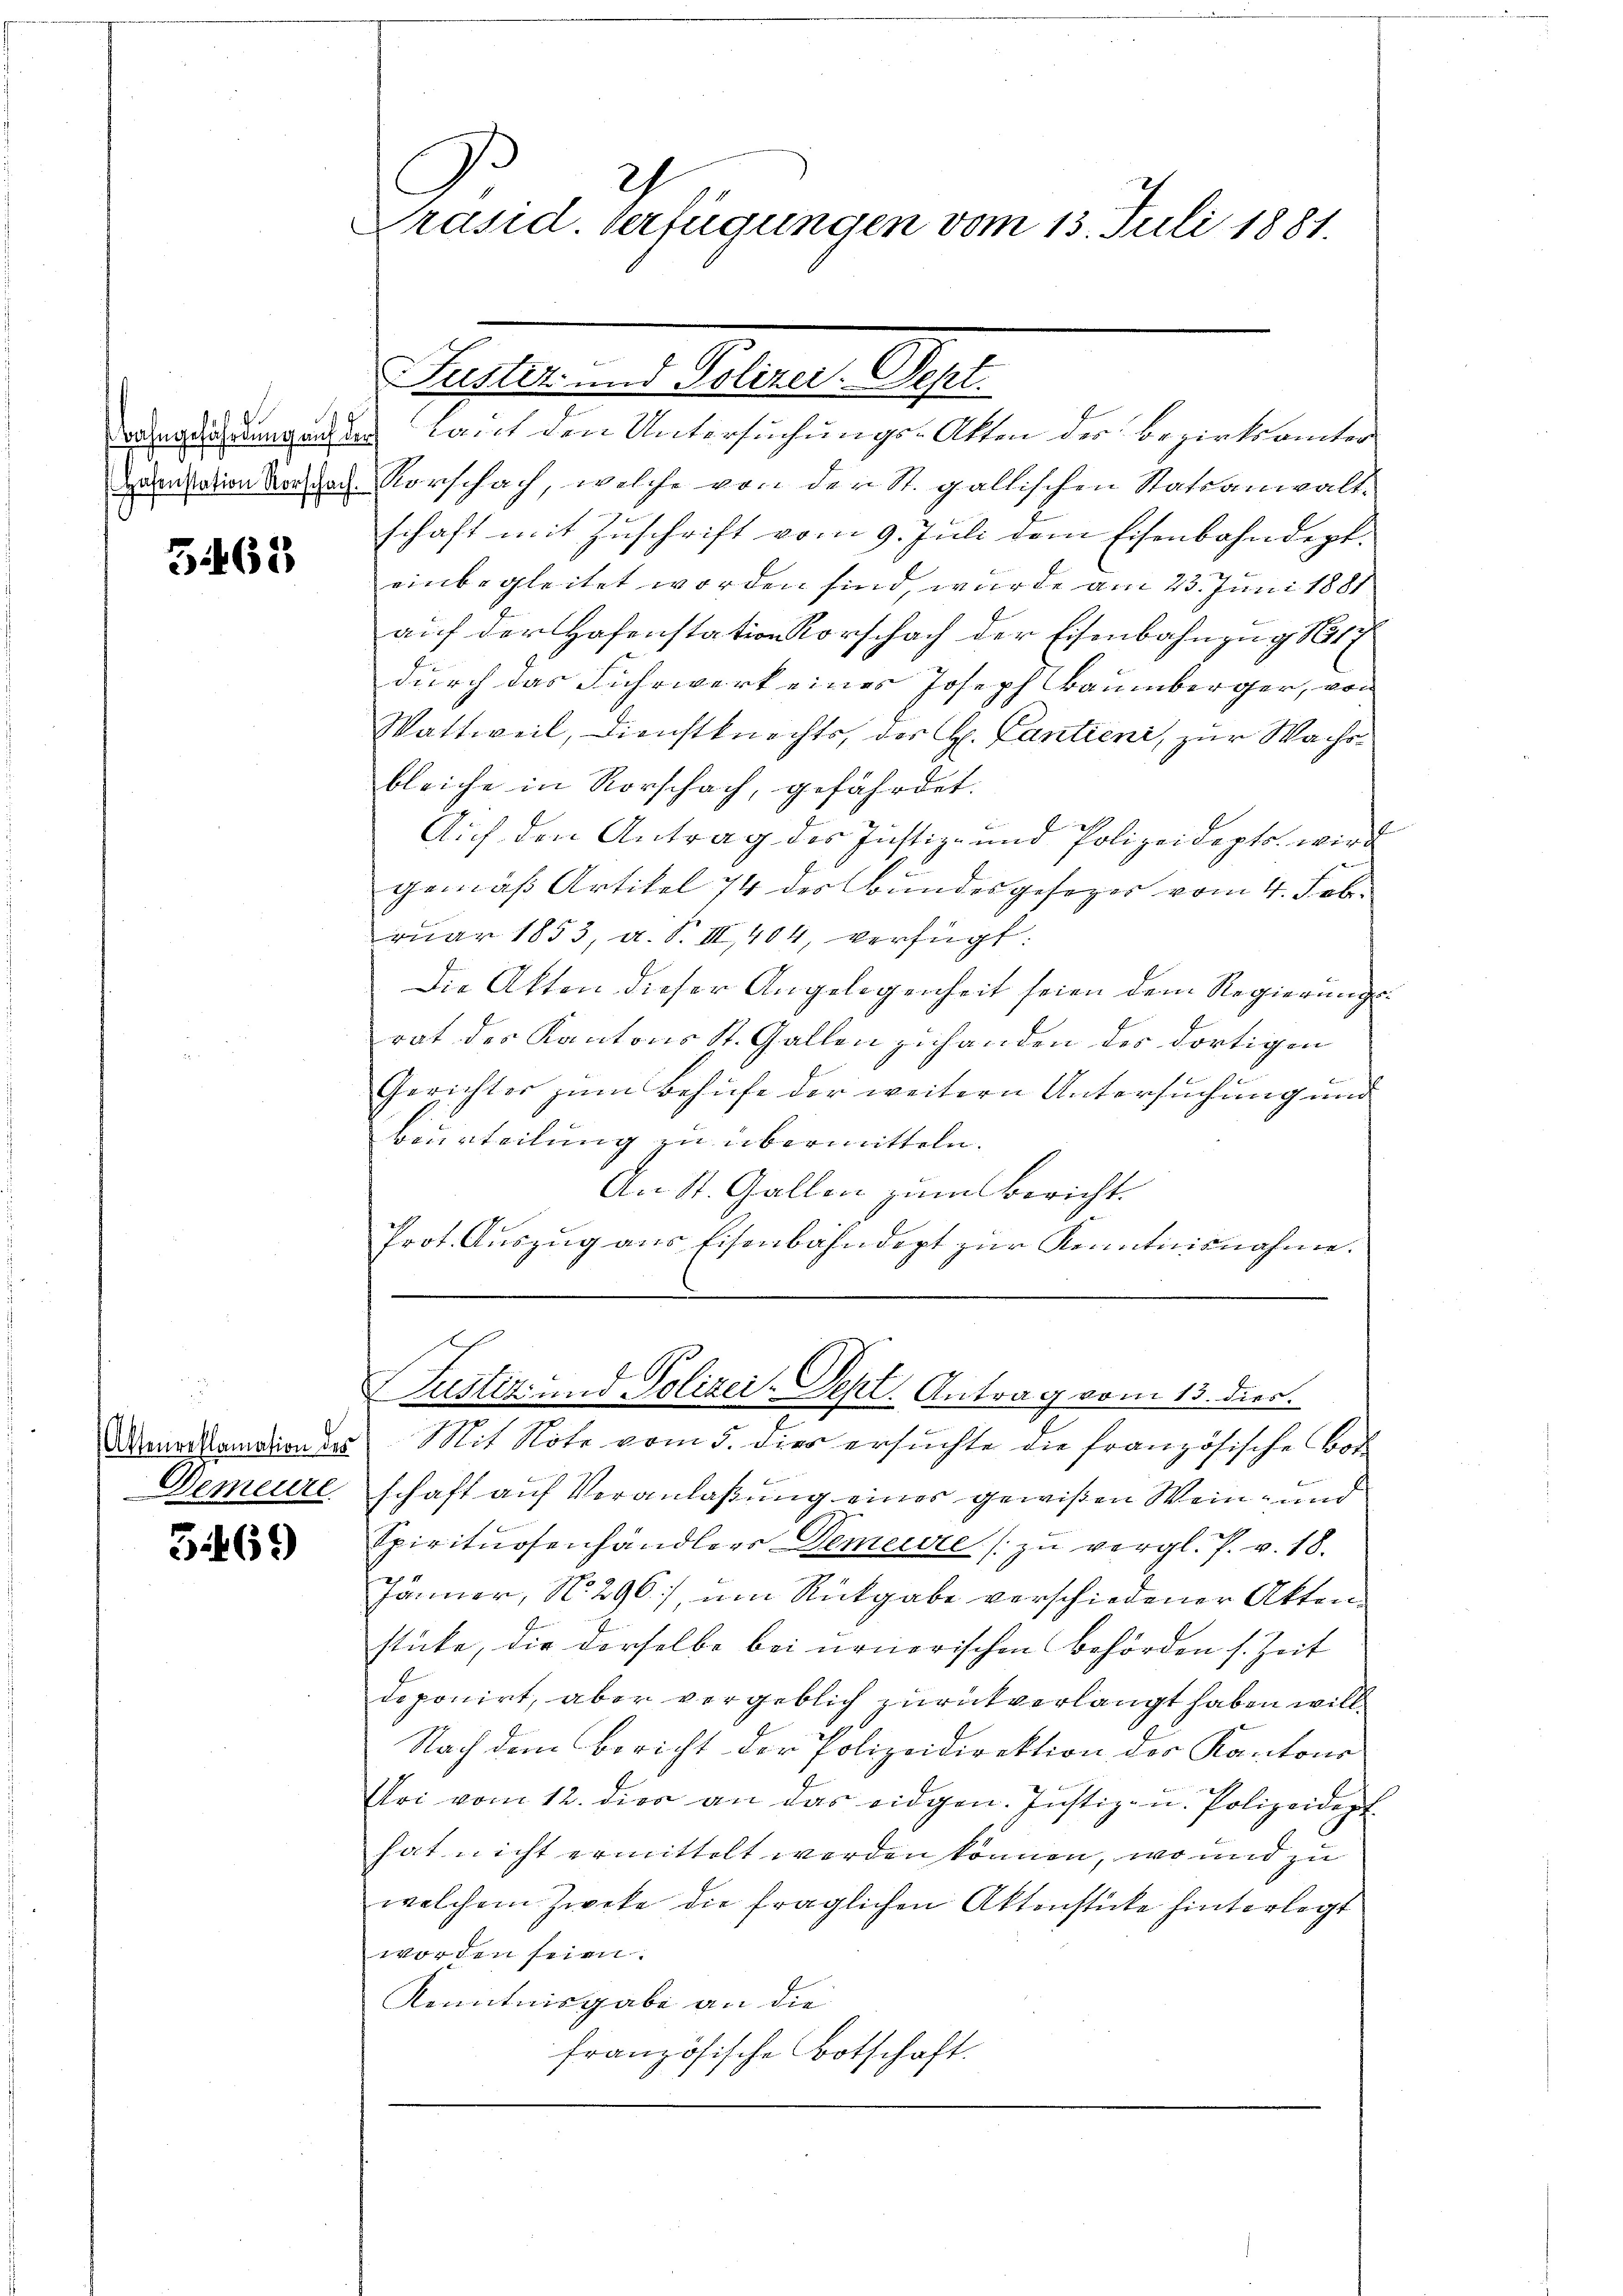
3463

Demeure

3469

2
.
Präsid. Verfügungen vom 13. Juli 1881.

Drangehungendes Kant den Untersuchungs-Atten der Bezirksamter
m ain Morgen Vorschach, welche von der St. gallischen Statsanwalt-
schaft mit Zuschrift vom 9. Juli dem Eisenbahndept.
einbegleitet worden sind, wurde am 23. Juni 1881
auf der Hafenstation Vorschach der Eisenbahnzug 1817
durch das Fuhrwerk eines Joseph Baumberger, von
Wattweil, Dienstknechts, der H. Cantien, zur Wachs
bleiche in Rorschach, gefährdet.
Auf den Antrag des Justiz- und Polizeidepts wird
gemäß Artikel 74 des Bundesgesezer vom 4. Feb.
ruar 1853, a. S. II, 404, verfügt:
Die Akten dieser Angelegenheit seien dem Regierungsrat des Kantons St. Gallen zuhanden des dortigen
Gerichter zum Behufe der weitern Untersuchung und
Beurteilung zu übermitteln.
An St. Gallen zum Bericht.
Prot. Auszug aus Eisenbahndept zur Kenntnisnahme.
.
Justiz und Polizei-Pept. Antrag vom 13. dies.
Mannstandion des Mit Note vom 5. dies ersuchte die französische Bode
schaft auf Veranlaßung einer gewißen Wein- und
Spirituosenhändlers Demeure zŭ vergl. P. v. 18.
Jänner, No 296), um Rückgabe verschiedener Aktenstücke, die derselbe bei urnerischen Behörden s. Zeit
deponirt, aber vergeblich zurückverlangt haben will,
Nach dem Bericht der Polizeidirektion des Kantons
Eri vom 12. die an das eidgen. Justiz- u. Polizeidep
hat nicht ermittelt worden können, wo und zu
welchem Zweke die fraglichen Aktenstücke hinterlegt
worden seien.
Kenntnisgabe an die
französische Botschaft.

F. Heusler . . . Geleger Sept.